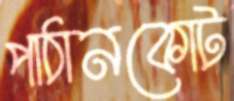
পাঠানকোট